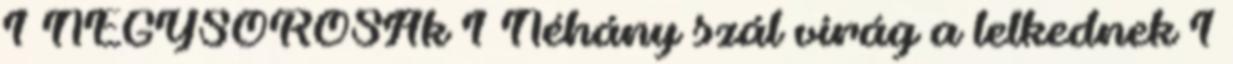
1 NÉGYSOROSAk 1 Néhány szál virág a lelkednek 1